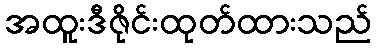
အထူးဒီဇိုင်းထုတ်ထားသည်